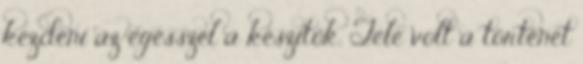
kezdeni az egésszel a készítők. Tele volt a történet